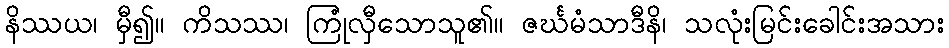
နိဿယ၊ မှီ၍။ ကိသဿ၊ ကြုံလှီသောသူ၏။ ဇင်္ဃမံသာဒီနိ၊ သလုံးမြင်းခေါင်းအသား